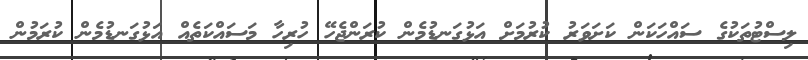
ލިސްޓުތަކުގެ ސައްހަކަން ކަށަވަރު ކުރުމަށް އަޅުގަނޑުމެން ކުރަންޖެހޭ ހުރިހާ މަސައްކަތެއް އަޅުގަނޑުމެން ކުރަމުން